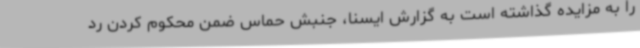
را به مزایده گذاشته است به گزارش ایسنا، جنبش حماس ضمن محکوم کردن رد